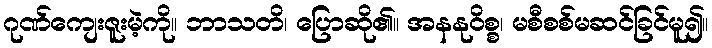
ဂုဏ်ကျေးဇူးမဲ့ကို။ ဘာသတိ၊ ပြောဆို၏။ အနနုဝိစ္စ၊ မစီစစ်မဆင်ခြင်မူ၍။